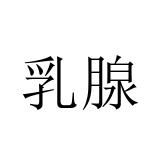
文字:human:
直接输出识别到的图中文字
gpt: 乳腺